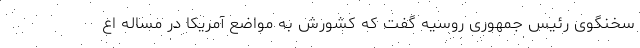
سخنگوی رئیس جمهوری روسیه گفت که کشورش به مواضع آمریکا در مساله اع